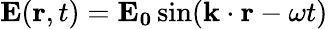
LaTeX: \mathbf{E}(\mathbf{r},t)=\mathbf{E_{0}}\sin(\mathbf{k}\cdot\mathbf{r}-\omega t)